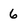
Character: 6